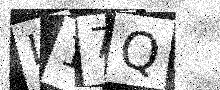
Text: L17Q